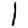
Digit: 1